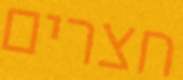
חצרים